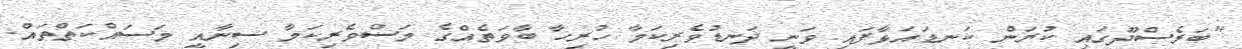
"ބަރެސްދޫގައި ކުރަން ކަނޑައަޅާފައި ވަނީ ދަނޑުވެރިކަމާ ހުރިހާ ބާވަތެއްގެ މަސްވެރިކަމާ ސިނާއީ މަސައްކަތްތައް.